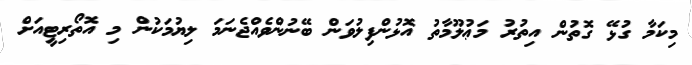
މިކަމާ ގުޅޭ ގޮތުން އިތުރު މަޢުލޫމާތު އޮޅުންފިލުވަން ބޭނުންވެއްޖެނަމަ ލިޔުމަކުން މި އޮތޯރިޓީއަށް